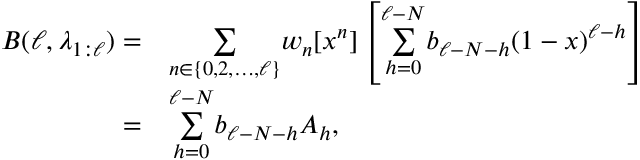
\begin{array} { r l } { B ( \ell , \lambda _ { 1 : \ell } ) = } & { \underset { n \in \{ 0 , 2 , \ldots , \ell \} } { \sum } w _ { n } [ x ^ { n } ] \left[ \overset { \ell - N } { \underset { h = 0 } { \sum } } b _ { \ell - N - h } ( 1 - x ) ^ { \ell - h } \right] } \\ { = } & { \overset { \ell - N } { \underset { h = 0 } { \sum } } b _ { \ell - N - h } A _ { h } , } \end{array}